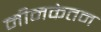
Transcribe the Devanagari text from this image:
मीनकेतन